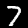
Label: 7